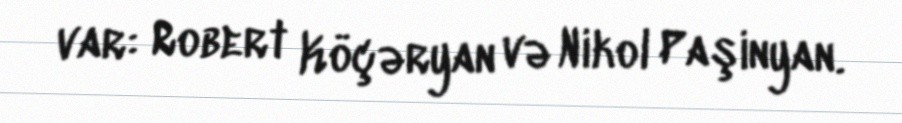
var: Robert Köçəryan və Nikol Paşinyan.